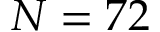
N = 7 2